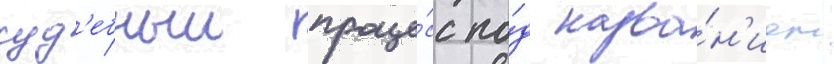
суд'ебныи проце́сс по́д назва́н'ием